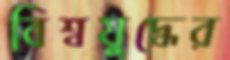
বিশ্বযুদ্ধের